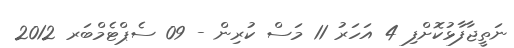
ނަތީޖާފާޅުކޮށްފި 4 އަހަރު 11 މަސް ކުރިން - 09 ސެޕްޓެމްބަރ 2012